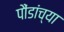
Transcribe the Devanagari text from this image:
पौंडांच्या